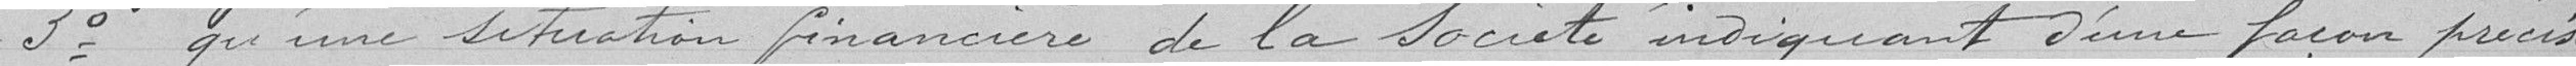
3° qu'une situation financière de la société indiquant d'une façon précise